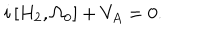
LaTeX: i \left[ H _ { 2 } , \Omega _ { 0 } \right] + V _ { A } = 0 .